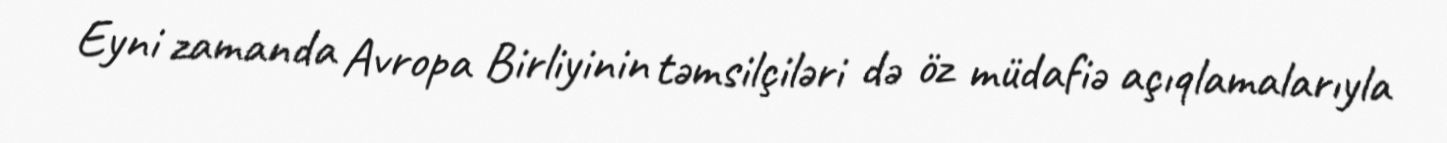
Eyni zamanda Avropa Birliyinin təmsilçiləri də öz müdafiə açıqlamalarıyla